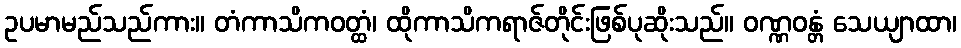
ဥပမာမည်သည်ကား။ တံကာသိကဝတ္ထံ၊ ထိုကာသိကရာဇ်တိုင်းဖြစ်ပုဆိုးသည်။ ဝဏ္ဏဝန္တံ သေယျာထာ၊